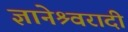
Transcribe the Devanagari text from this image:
ज्ञानेश्र्वरादी